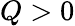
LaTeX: Q>0